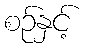
စဉ်နှင့်